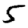
Digit: 5